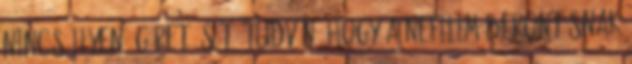
nincs ilyen ígéret, sőt. Tudván, hogy a nefilim berontásnak